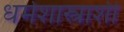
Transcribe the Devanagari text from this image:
धर्मशास्त्राशीं